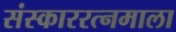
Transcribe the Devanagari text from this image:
संस्काररत्नमाला